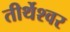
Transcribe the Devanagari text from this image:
तीर्थेश्वर